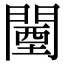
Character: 闉